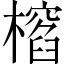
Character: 𣛱